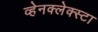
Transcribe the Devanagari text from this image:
व्हेनक्लेक्स्टा